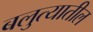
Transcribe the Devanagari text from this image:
बलुत्यातील